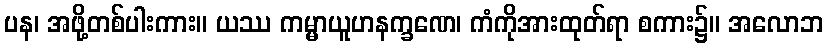
ပန၊ အဖို့တစ်ပါးကား။ ယဿ ကမ္မာယူဟနက္ခဏေ၊ ကံကိုအားထုတ်ရာ စကား၌။ အလောဘ